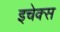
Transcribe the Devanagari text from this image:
इचेक्स